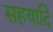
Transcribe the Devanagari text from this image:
सहयादि